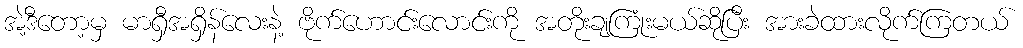
အဲ့ဒီတော့မှ မာရှီအရှိန်လေးနဲ့ ဗိုက်ဟောင်းလောင်းကို အတိုးချကြုံးမယ်ဆိုပြီး အားခဲထားလိုက်ကြတယ်